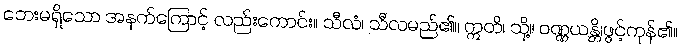
ဘေးမရှိသော အနက်ကြောင့် လည်းကောင်း။ သီလံ၊ သီလမည်၏။ ဣတိ၊ သို့။ ဝဏ္ဏယန္တိ၊ဖွင့်ကုန်၏။